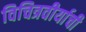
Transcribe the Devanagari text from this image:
विचित्रवीर्याची